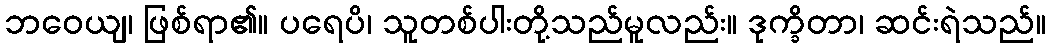
ဘဝေယျ၊ ဖြစ်ရာ၏။ ပရေပိ၊ သူတစ်ပါးတို့သည်မူလည်း။ ဒုက္ခိတာ၊ ဆင်းရဲသည်။